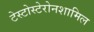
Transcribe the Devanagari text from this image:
टेस्टोस्टेरोनशामिल